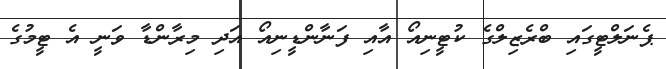
ޕެނަލްޓީގައި ބްރެޒިލްގެ ކުޓީނިއޯ އާއި ފަނާންޑީނިއޯ އަދި މިރާންޑާ ވަނީ އެ ޓީމުގެ